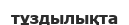
тұздылықта